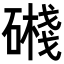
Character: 𥖔